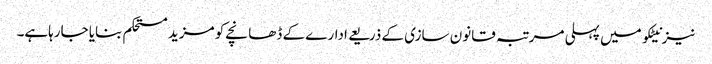
نیز نیٹکو میں پہلی مرتبہ قانون سازی کے ذریعے ادارے کے ڈھانچے کو مزید مستحکم بنایا جارہاہے۔